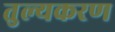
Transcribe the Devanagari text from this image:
तुल्यकरण